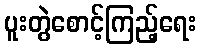
ပူးတွဲစောင့်ကြည့်ရေး